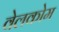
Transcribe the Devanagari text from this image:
वेलकोम